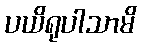
ပယိရုပါသာမိ